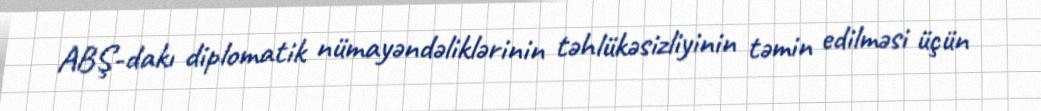
ABŞ-dakı diplomatik nümayəndəliklərinin təhlükəsizliyinin təmin edilməsi üçün